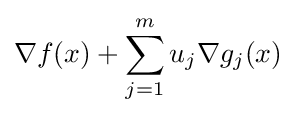
\nabla f(x)+\sum _{j=1}^{m}u_{j}\nabla g_{j}(x)